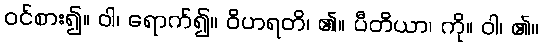
ဝင်စား၍။ ဝါ၊ ရောက်၍။ ဝိဟရတိ၊ ၏။ ပီတိယာ၊ ကို။ ဝါ၊ ၏။